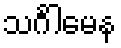
သင်္ဂါမေန